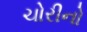
ચોરીનો